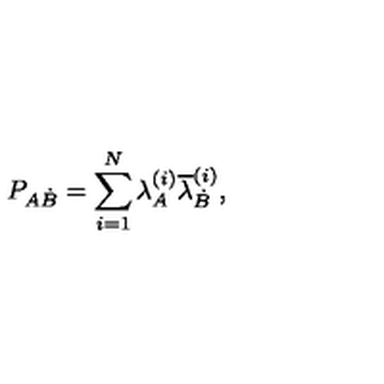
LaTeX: P _ { A \dot { B } } = \sum _ { i = 1 } ^ { N } \lambda _ { A } ^ { ( i ) } \overline { { \lambda } } _ { \dot { B } } ^ { ( i ) } ,